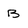
Character: B